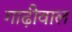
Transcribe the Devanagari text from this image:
गाढ़ीवाल